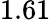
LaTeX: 1.61